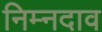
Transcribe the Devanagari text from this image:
निम्नदाव